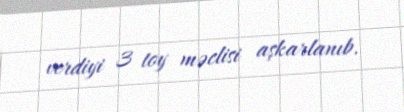
verdiyi 3 toy məclisi aşkarlanıb.